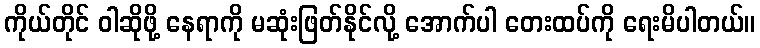
ကိုယ်တိုင် ဝါဆိုဖို့ နေရာကို မဆုံးဖြတ်နိုင်လို့ အောက်ပါ တေးထပ်ကို ရေးမိပါတယ်။